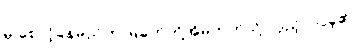
မှ စောင့်နေမည်ဟု မြခက်တို့အိမ်ဘက်သို့ လှည့်လာခဲ့၏။